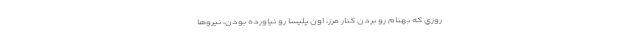
روزي كه بهنام رو بردن كنار مرز، اون پليسا رو نياورده بودن، نيروها